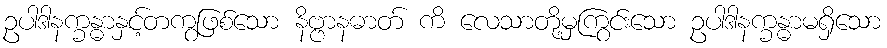
ဥပါဒါနက္ခန္ဓာနှင့်တကွဖြစ်သော နိဗ္ဗာနဓာတ် ကိ လေသာတို့မှကြွင်းသော ဥပါဒါနက္ခန္ဓာမရှိသော